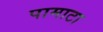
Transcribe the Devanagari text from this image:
पामाटा